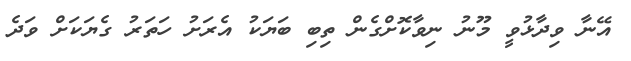
އޭނާ ވިދާޅުވީ މޫނު ނިވާކޮށްގެން ތިބި ބަޔަކު އެރަށު ހަތަރު ގެޔަކަށް ވަދެ